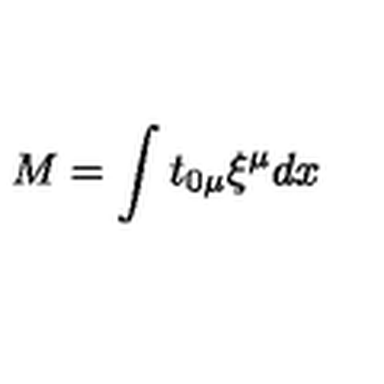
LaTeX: M = \int t _ { 0 \mu } \xi ^ { \mu } d x